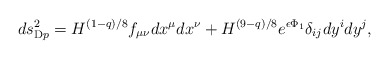
\begin{align*}ds_{{\rm D}p}^2 =H^{(1-q)/8}f_{\mu\nu}dx^{\mu}dx^{\nu}+H^{(9-q)/8} e^{\epsilon \Phi_1}\delta_{ij}dy^idy^j ,\end{align*}